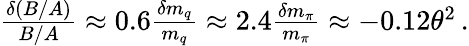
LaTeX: \begin{array}{r}{\frac{\delta(B/A)}{B/A}\approx 0.6\frac{\delta m_{q}}{m_{q}}\approx 2.4\frac{\delta m_{\pi}}{m_{\pi}}\approx-0.12\theta^{2}\, .}\end{array}